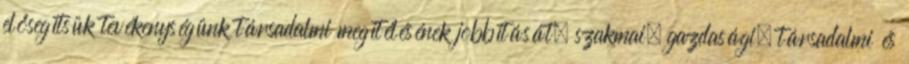
elősegítsük tevékenységünk társadalmi megítélésének jobbítását, szakmai, gazdasági, társadalmi és